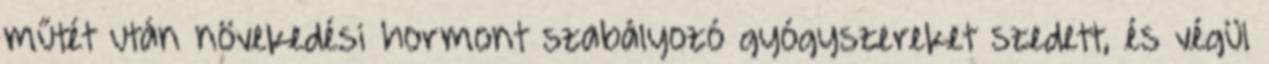
műtét után növekedési hormont szabályozó gyógyszereket szedett, és végül